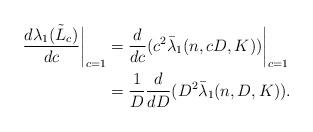
LaTeX: \begin{align*}\frac{d\lambda_1(\tilde{L}_c)}{dc}\biggr|_{c=1} &= \frac{d}{dc}(c^2\bar{\lambda}_1(n,cD,K))\biggr|_{c=1}\\&=\frac{1}{D}\frac{d}{dD}(D^2\bar{\lambda}_1(n,D,K)).\end{align*}